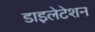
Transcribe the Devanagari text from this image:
डाइलेटेशन